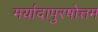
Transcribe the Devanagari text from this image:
मर्यादापुरषोत्तम